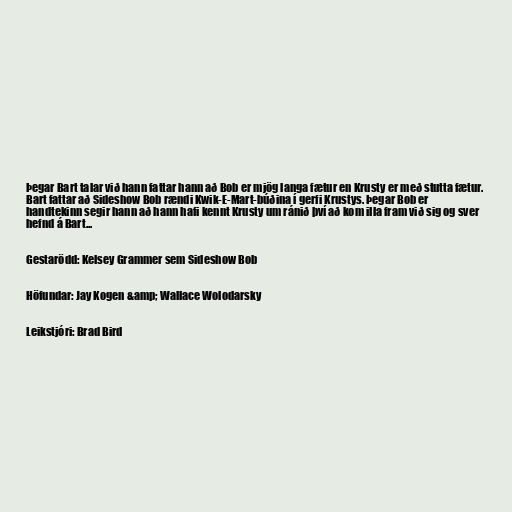
Þegar Bart talar við hann fattar hann að Bob er mjög langa fætur en Krusty er með stutta fætur.
Bart fattar að Sideshow Bob rændi Kwik-E-Mart-búðina í gerfi Krustys. Þegar Bob er
handtekinn segir hann að hann hafi kennt Krusty um ránið því að kom illa fram við sig og sver
hefnd á Bart...

Gestarödd: Kelsey Grammer sem Sideshow Bob

Höfundar: Jay Kogen &amp; Wallace Wolodarsky

Leikstjóri: Brad Bird